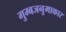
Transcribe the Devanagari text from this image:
गुम्बजनुमाकार